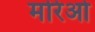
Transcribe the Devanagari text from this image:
मरिओ